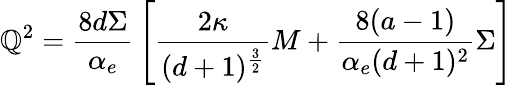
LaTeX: \mathbb{Q}^{2}={\frac{{8d\Sigma}}{{\alpha_{e}}}}\left[{\frac{{2\kappa}}{{(d+1)^{\frac{{3}}{{2}}}}}}M+{\frac{{8(a-1)}}{{\alpha_{e}(d+1)^{2}}}}\Sigma\right]